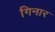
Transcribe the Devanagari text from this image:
गिनार